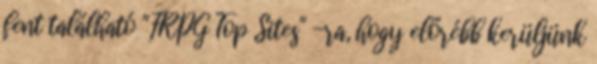
fent található "FRPG Top Sites" -ra, hogy előrébb kerüljünk